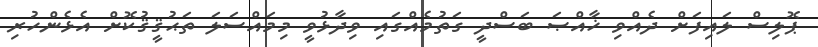
ޕޮލިސް ލައިފަށް ދެއްވި ޚާއްޞަ ބަސްދީ ގަތުމެއްގައި ވިދާޅުވީ މިމައްސަލަ ތަޙުޤީޤުކޮށް އެޅެންހުރި